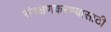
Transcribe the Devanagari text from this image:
संरक्षणकरण्यासाठी